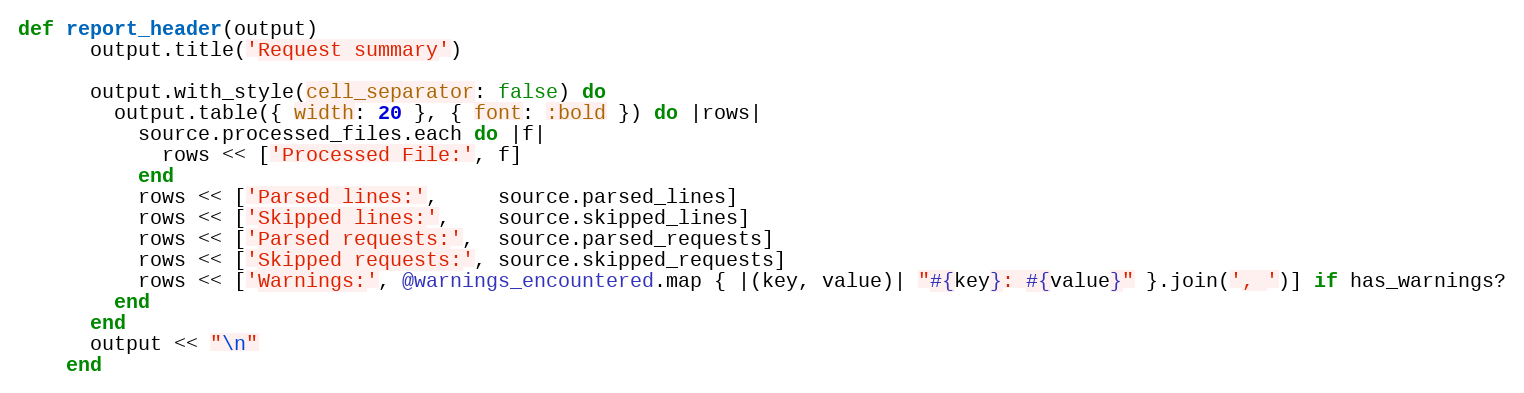
Language: Ruby
def report_header(output)
      output.title('Request summary')

      output.with_style(cell_separator: false) do
        output.table({ width: 20 }, { font: :bold }) do |rows|
          source.processed_files.each do |f|
            rows << ['Processed File:', f]
          end
          rows << ['Parsed lines:',     source.parsed_lines]
          rows << ['Skipped lines:',    source.skipped_lines]
          rows << ['Parsed requests:',  source.parsed_requests]
          rows << ['Skipped requests:', source.skipped_requests]
          rows << ['Warnings:', @warnings_encountered.map { |(key, value)| "#{key}: #{value}" }.join(', ')] if has_warnings?
        end
      end
      output << "\n"
    end